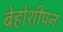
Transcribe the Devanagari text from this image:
बेहोशीपन